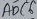
Text: ADC6